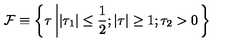
{ \cal F } \equiv \left\{ \tau \left| | \tau _ { 1 } | \leq \frac { 1 } { 2 } ; \vert \tau \vert \geq 1 ; \tau _ { 2 } > 0 \right. \right\}